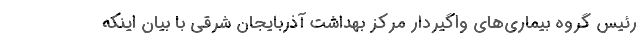
رئیس گروه بیماری‌های واگیردار مرکز بهداشت آذربایجان شرقی با بیان اینکه